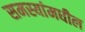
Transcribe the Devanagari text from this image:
समस्यांमधील